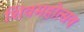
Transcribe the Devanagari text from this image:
शिवमहोत्सव